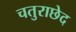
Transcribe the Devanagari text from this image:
चतुराछेद